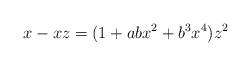
LaTeX: \begin{align*} x - x z = (1 + a b x^2 + b^3 x^4) z^2\end{align*}